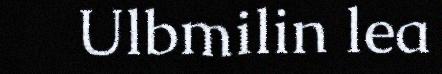
Ulbmilin lea